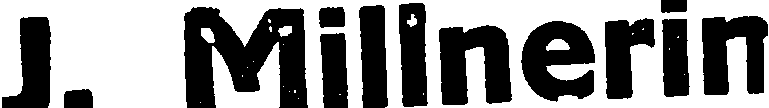
J. Milinerin